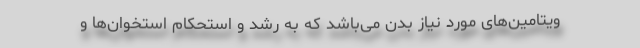
ویتامین‌های مورد نیاز بدن می‌باشد که به رشد و استحکام استخوان‌ها و